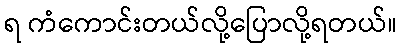
ရ ကံကောင်းတယ်လို့ပြောလို့ရတယ်။